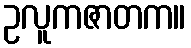
ဥလူကဇာတက။